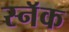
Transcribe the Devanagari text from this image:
स्नॅक